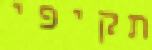
תקיפי